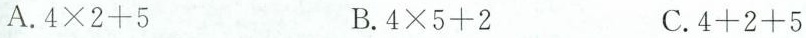
A.$$4 \times 2 + 5$$ B.$$4 \times 5 + 2$$ C.$$4 + 2 + 5$$